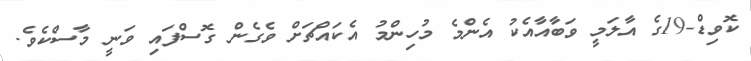
ކޮވިޑް-19ގެ އާލަމީ ވަބާއާއެކު އެންމެ މުހިންމު އެކައްޗަށް ވެގެން ގޮސްފައި ވަނީ މާސްކެވެ.